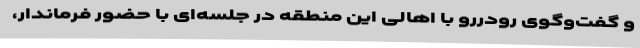
و گفت‌وگوی رودررو با اهالی این منطقه در جلسه‌ای با حضور فرماندار،